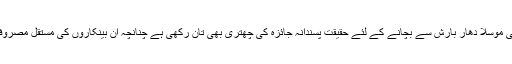
حضرت صاحب نے کئی بار فرمایا کہ بعض جدید بینکاروں نے اس سودی مشاہبت کو عدم جواز کی موسلا دھار بارش سے بچانے کے لئے حقیقت پسندانہ جائزہ کی چھتری بھی تان رکھی ہے چنانچہ ان بینکاروں کی مستقل مصروفیت یہی بنی ہوئی ہے کہ ان حیلوں اور اس نظام پر جو جو اشکال ہوتا رہے اس کی تاویل کی جائے۔